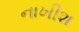
નાખીશ